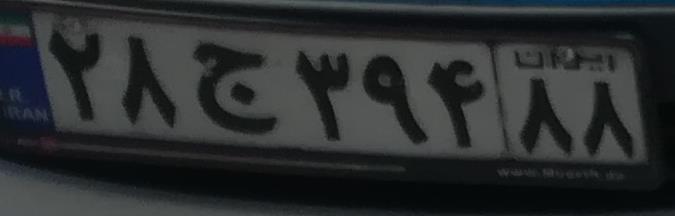
۲۸ج۳۹۴۸۸